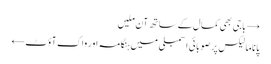
→ باجی بھی کمال کے ساتھ آن ملیں
پاناما لیکس پر صوبائی اسمبلی میں ہنگامہ اور واک آؤٹ ←